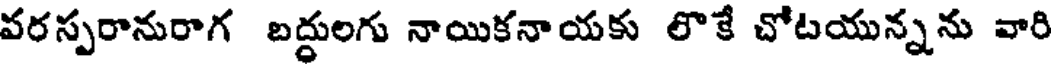
వరస్పరానురాగ బద్దులగు నాయికనాయకు లొకే చోటయున్నను వారి